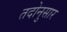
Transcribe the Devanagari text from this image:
तदोनुसार